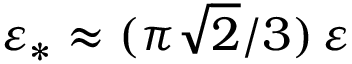
\varepsilon _ { \ast } \approx ( \pi \sqrt { 2 } / 3 ) \, \varepsilon